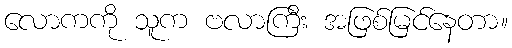
လောကကို သူက ဗလာကြီး အဖြစ်မြင်နေတာ။